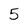
Character: 5